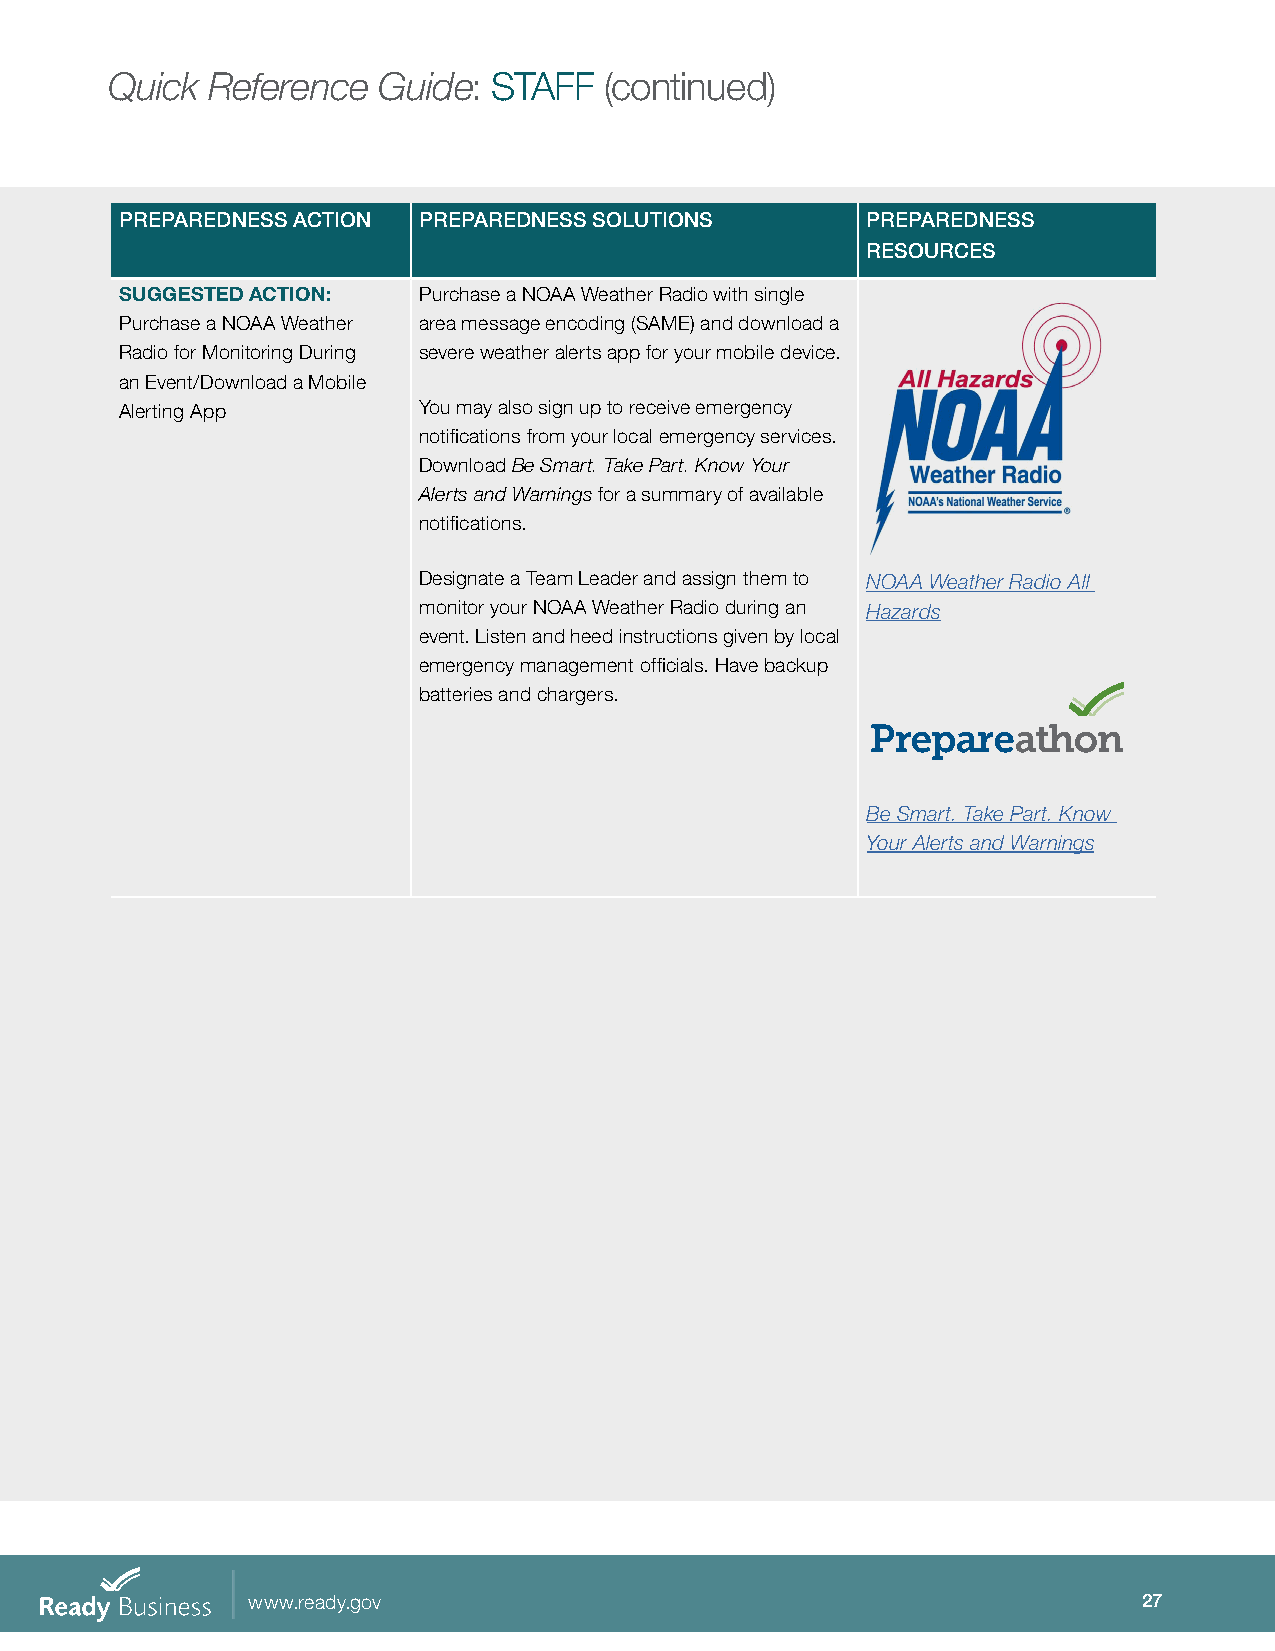
Quick  Reference  Guide:  STAFF  (continued)
 PREPAREDNESS ACTION PREPAREDNESS SOLUTIONS       PREPAREDNESS
 RESOURCES
 SUGGESTED ACTION:   Purchase a NOAA Weather Radio with single
 Purchase a NOAA Weather area message encoding (SAME) and download a
 Radio for Monitoring During severe weather alerts app for your mobile device.
 an Event/Download a Mobile
 Alerting App        You may also sign up to receive emergency
 notifications from your local emergency services.
 Download Be Smart. Take Part. Know Your
 Alerts and Warnings for a summary of available
 notifications.
 Designate a Team Leader and assign them to NOAA Weather Radio All
 monitor your NOAA Weather Radio during an Hazards
 event. Listen and heed instructions given by local
 emergency management officials. Have backup
 batteries and chargers.
 Be Smart. Take Part. Know
 Your Alerts and Warnings
 www.ready.gov                                               27